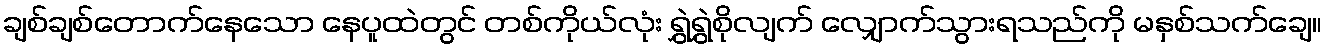
ချစ်ချစ်တောက်နေသော နေပူထဲတွင် တစ်ကိုယ်လုံး ရွှဲရွှဲစိုလျက် လျှောက်သွားရသည်ကို မနှစ်သက်ချေ။